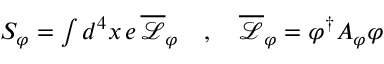
\begin{array} { r } { S _ { \varphi } = \int d ^ { 4 } x \, e \, \overline { { \mathcal { L } } } _ { \varphi } \quad , \quad \overline { { \mathcal { L } } } _ { \varphi } = \varphi ^ { \dagger } A _ { \varphi } \varphi } \end{array}